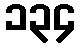
၁၃၄